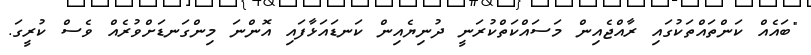
"ބައެއް ކަންތައްތަކުގައި ރާއްޖެއިން މަސައްކަތްކުރަނީ ދުނިޔެއިން ކަނޑައަޅާފައި އޮންނަ މިންގަނޑަށްވުރެއް ވެސް ކުރީގަ.